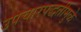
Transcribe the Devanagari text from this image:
उपचारपद्धतीमुळे